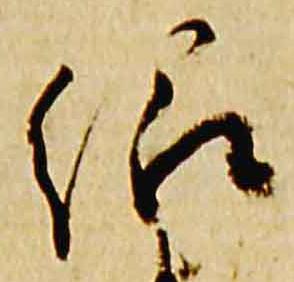
紹